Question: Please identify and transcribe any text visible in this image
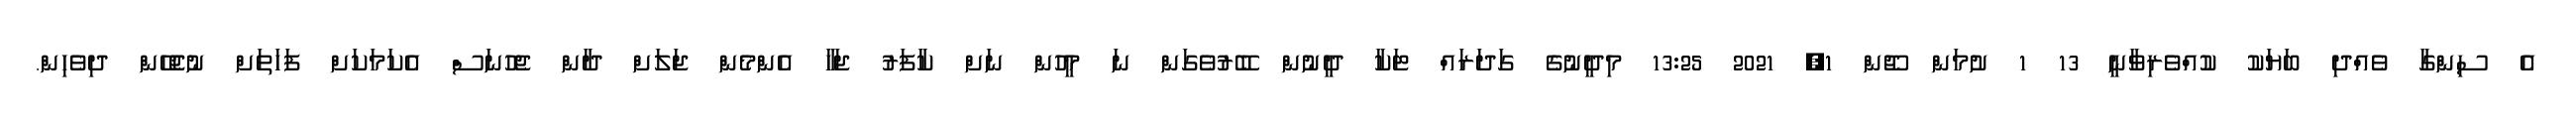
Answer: އެ ސިންގާ ވެއްދި ބަޔަކު ކުއްވެރިވާނީ 13 1 ށުމަން ޖޫން 1, 2021 13:25 މިދީނުގެ ގަދަރައް ޓަކާ ދީނުން ބޭރުވެގަން ނަ މީހުން ނަށް ކާފަރު ޖަހާ އެންމެން ޖަލަށް ދާން ޖެހުނަސް އެކަމަކަށް ފަހަތަށް ނުޖެހޭން ދިވެހިން.